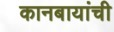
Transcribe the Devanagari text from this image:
कानबायांची